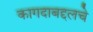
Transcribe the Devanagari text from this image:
कागदाबद्दलचे